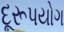
દૂરૂપયોગ